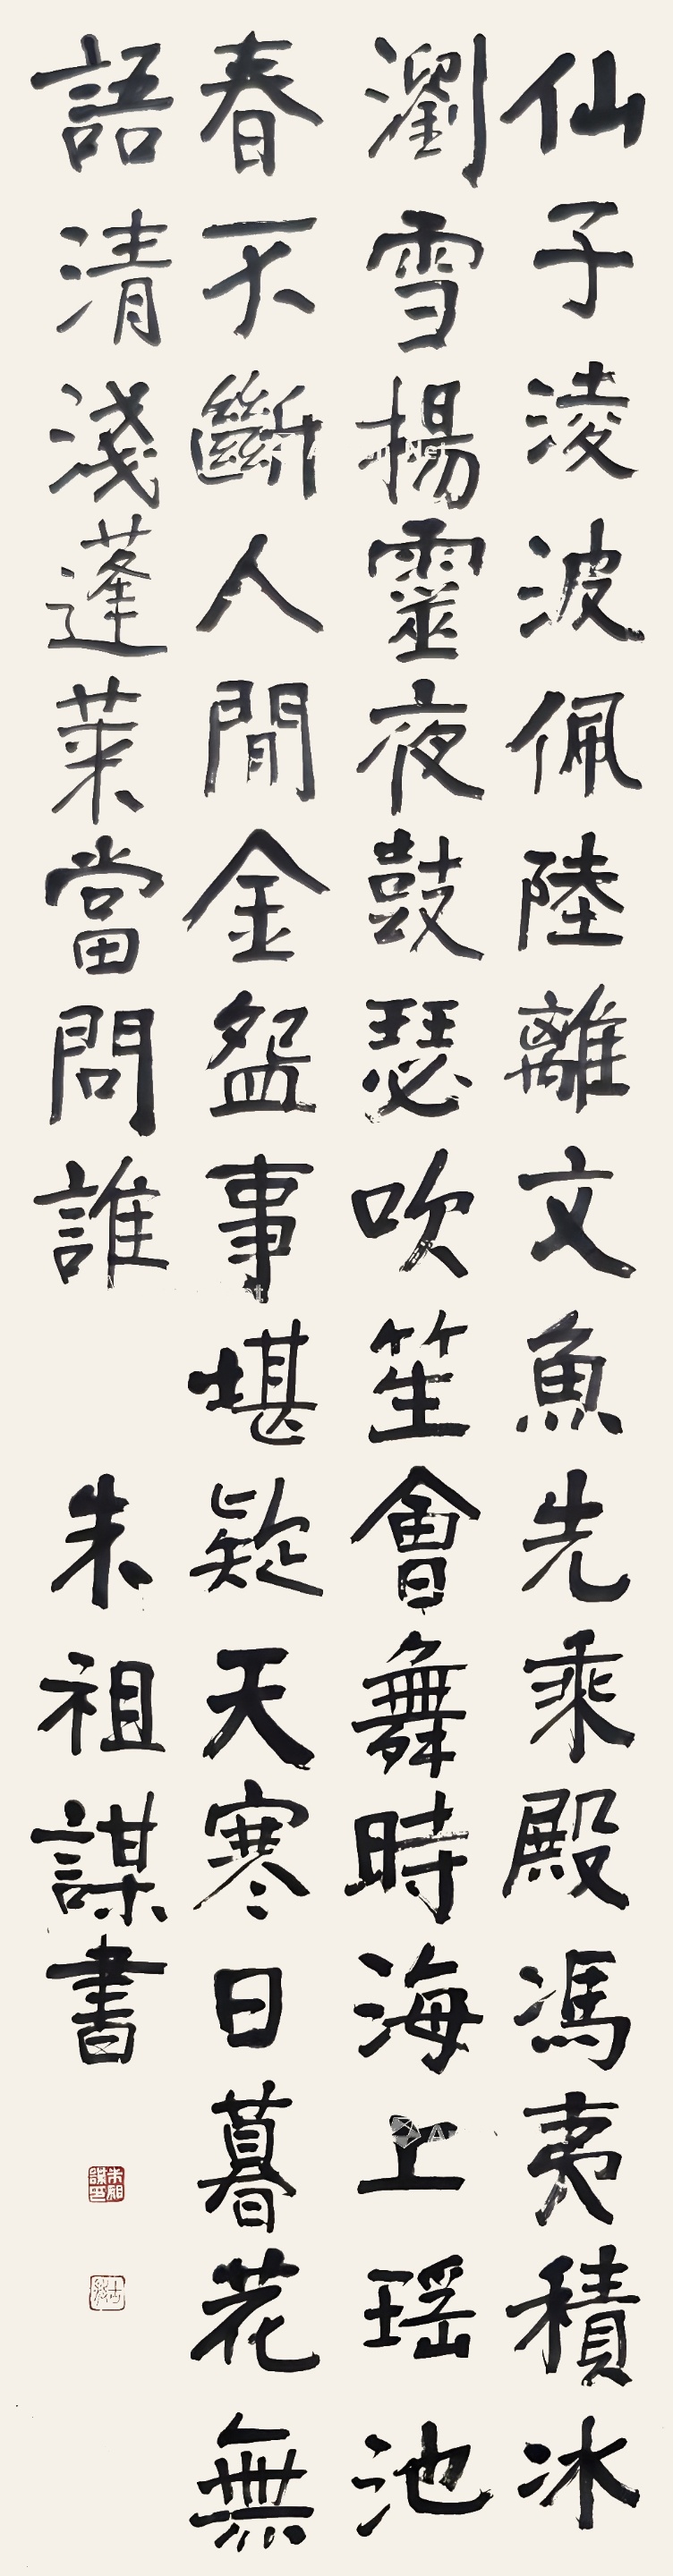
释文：仙子凌波佩陆离，文鱼先乘殿冯夷。积水断雪扬灵夜，鼓瑟吹笙会舞时。海上瑶池春不断，人间金碗事堪疑。天寒日暮花无语，清浅蓬莱当问谁。朱祖谋书。